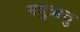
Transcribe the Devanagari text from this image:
मधुऋतु